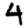
Digit: 4